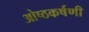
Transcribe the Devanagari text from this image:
ओष्ठकर्षणी